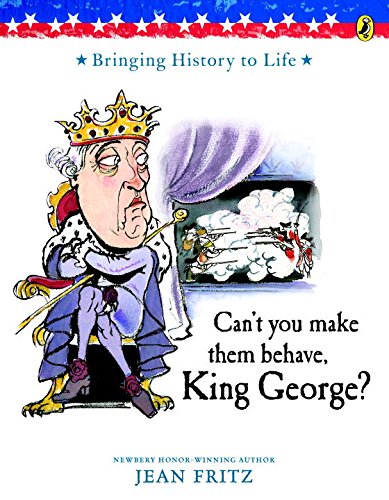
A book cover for Can't You Make Them Behave, King George?; Jean Fritz; Children's Books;